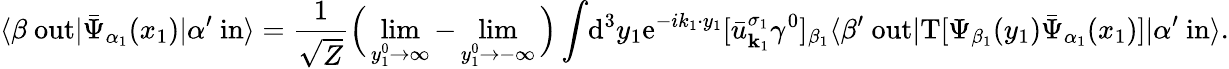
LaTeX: \langle\beta\ \mathrm{out}|{\bar{\Psi}}_{\alpha_{1}}(x_{1})|\alpha^{\prime}\ \mathrm{in}\rangle={\frac{1}{\sqrt{Z}}}{\Big(}\operatorname*{lim}_{y_{1}^{0}\rightarrow\infty}-\operatorname*{lim}_{y_{1}^{0}\rightarrow-\infty}{\Big)}\int\! \mathrm{d}^{3}y_{1}\mathrm{e}^{-ik_{1}\cdot y_{1}}[{\bar{u}}_{{\textbf{k}}_{1}}^{\sigma_{1}}\gamma^{0}]_{\beta_{1}}\langle\beta^{\prime}\ \mathrm{out}|\mathrm{T}[\Psi_{\beta_{1}}(y_{1}){\bar{\Psi}}_{\alpha_{1}}(x_{1})]|\alpha^{\prime}\ \mathrm{in}\rangle.